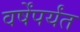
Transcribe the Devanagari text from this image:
वर्षेंपर्यंत